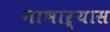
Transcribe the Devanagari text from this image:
गाभाऱ्यास